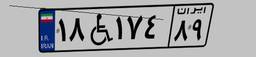
۱۸W۱۷۴۸۹